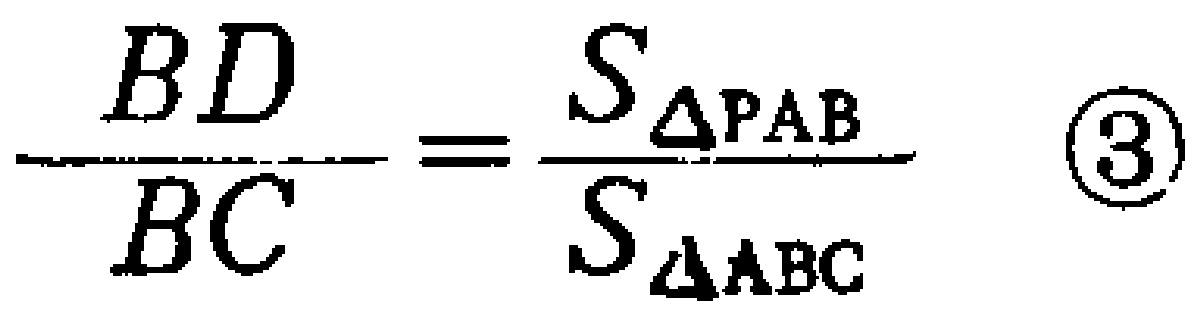
\[\frac{BD}{BC}=\frac{S_{\triangle PAB}}{S_{\triangle ABC}}\quad\textcircled{3}\]